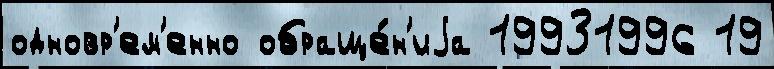
одновр'ем'енно обраще́н'иjа 19931996 19